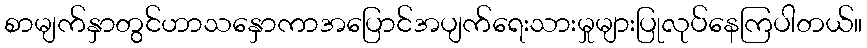
စာမျက်နှာတွင်ဟာသနှောကာအပြောင်အပျက်ရေးသားမှုများပြုလုပ်နေကြပါတယ်။